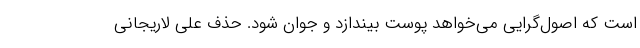
است که اصول‌گرایی می‌خواهد پوست بیندازد و جوان شود. حذف علی لاریجانی